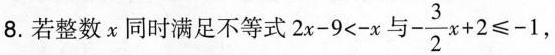
8.若整数x同时满足不等式$$2 x - 9 < - x$$ 与 $$- \frac { 3 } { 2 } x + 2 \le - 1$$ ，